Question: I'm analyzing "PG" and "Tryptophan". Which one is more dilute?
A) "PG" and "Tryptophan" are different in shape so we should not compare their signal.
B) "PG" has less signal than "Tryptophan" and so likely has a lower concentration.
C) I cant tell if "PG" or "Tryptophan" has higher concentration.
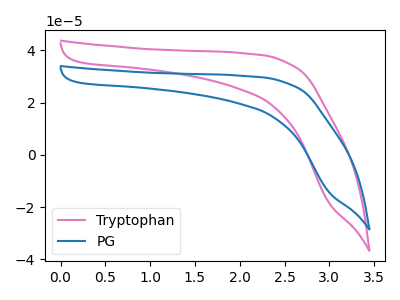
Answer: <think>The pink curve "Tryptophan" has no peaks. The blue curve "PG" has no peaks.
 Neither "PG" or "Tryptophan" have any peaks.</think>
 <answer>C) I cant tell if "PG" or "Tryptophan" has higher concentration.</answer>
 <eval>C</eval>